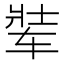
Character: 𬨋